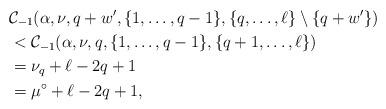
LaTeX: \begin{align*}&\mathcal{C}_{-1}(\alpha, \nu, q + w', \lbrace 1, \ldots, q-1 \rbrace, \lbrace q, \ldots, \ell \rbrace \setminus \lbrace q+w' \rbrace) \\ & < \mathcal{C}_{-1}(\alpha, \nu, q, \lbrace 1, \ldots, q-1 \rbrace, \lbrace q+1, \ldots, \ell \rbrace) \\ & = \nu_q + \ell - 2q + 1 \\ & = \mu^{\circ} + \ell - 2q + 1,\end{align*}